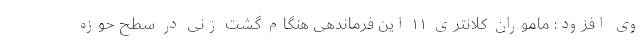
وی افزود: ماموران کلانتری ۱۱ این فرماندهی هنگام گشت زنی در سطح حوزه